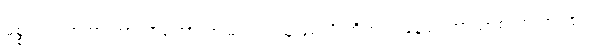
မစ္စတာလုစ်ဟာ ဘာသာစကားကျွမ်းကျင်သူဖြစ်လို့ တိဘက်မြန်မာ ဘာသာစကားအုပ်စုဝင်